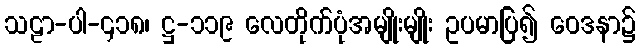
သဠာ-ပါ-၄၁၈၊ ဋ္ဌ-၁၁၉ လေတိုက်ပုံအမျိုးမျိုး ဥပမာပြ၍ ဝေဒနာ၌